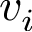
v _ { i }